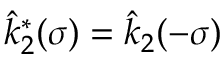
\hat { k } _ { 2 } ^ { * } ( \sigma ) = \hat { k } _ { 2 } ( - \sigma )